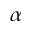
\alpha